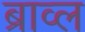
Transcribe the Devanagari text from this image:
ब्राव्ल